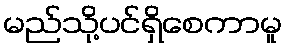
မည်သို့ပင်ရှိစေကာမူ